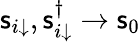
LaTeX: \mathsf{s}_{i\downarrow},\mathsf{s}_{i\downarrow}^{\dagger}\to\mathsf{s}_{0}